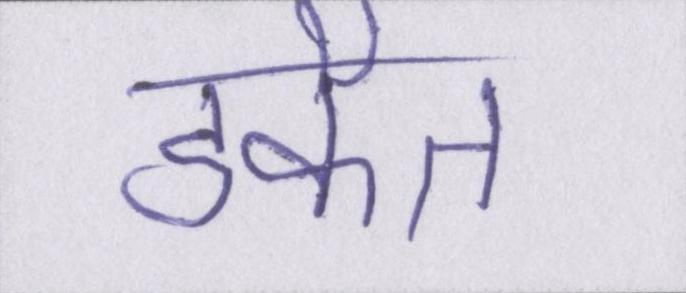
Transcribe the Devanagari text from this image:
डकैत